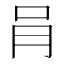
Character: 肙